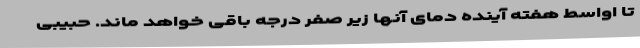
تا اواسط هفته آینده دمای آنها زیر صفر درجه باقی خواهد ماند. حبیبی